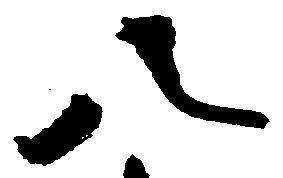
八